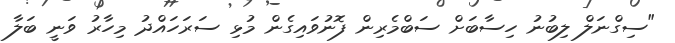
"ސިގްނަލް ލިބުނު ހިސާބަށް ސަބްމެރިން ފޮނުވައިގެން މުޅި ސަރަހައްދު މިހާރު ވަނީ ބަލާ